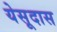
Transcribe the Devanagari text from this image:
येसूदास